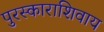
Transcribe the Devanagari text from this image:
पुरस्काराशिवाय